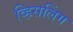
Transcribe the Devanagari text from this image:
व्हिसलिंग